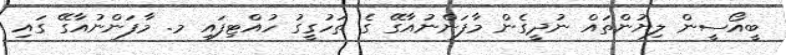
ބީއޯސީން ލިޔުންތައް ނުދީގެން މާފަންނުއާގޭ ގެ ތަހުގީގު ހުއްޓިފައި މ. މާފަންނުއާގޭ ގައި